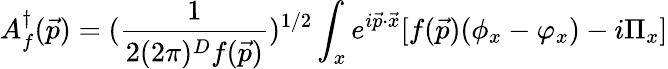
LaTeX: A_{f}^{\dagger}(\vec{p})=({\frac{1}{2(2\pi)^{D}f(\vec{p})}})^{1/2}\int_{x}e^{i\vec{p}\cdot\vec{x}}[f(\vec{p})(\phi_{x}-\varphi_{x})-i\Pi_{x}]